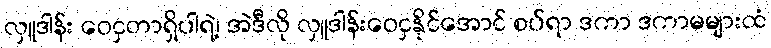
လှူဒါန်း ဝေငှတာရှိပါရဲ့၊ အဲဒီလို လှူဒါန်းဝေငှနိုင်အောင် စပ်ရာ ဒကာ ဒကာမများထံ